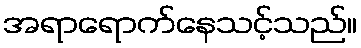
အရာရောက်နေသင့်သည်။